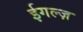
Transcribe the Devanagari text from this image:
ईगल्ज़